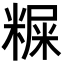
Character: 𥻐